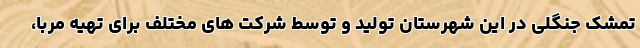
تمشک جنگلی در این شهرستان تولید و توسط شرکت های مختلف برای تهیه مربا،